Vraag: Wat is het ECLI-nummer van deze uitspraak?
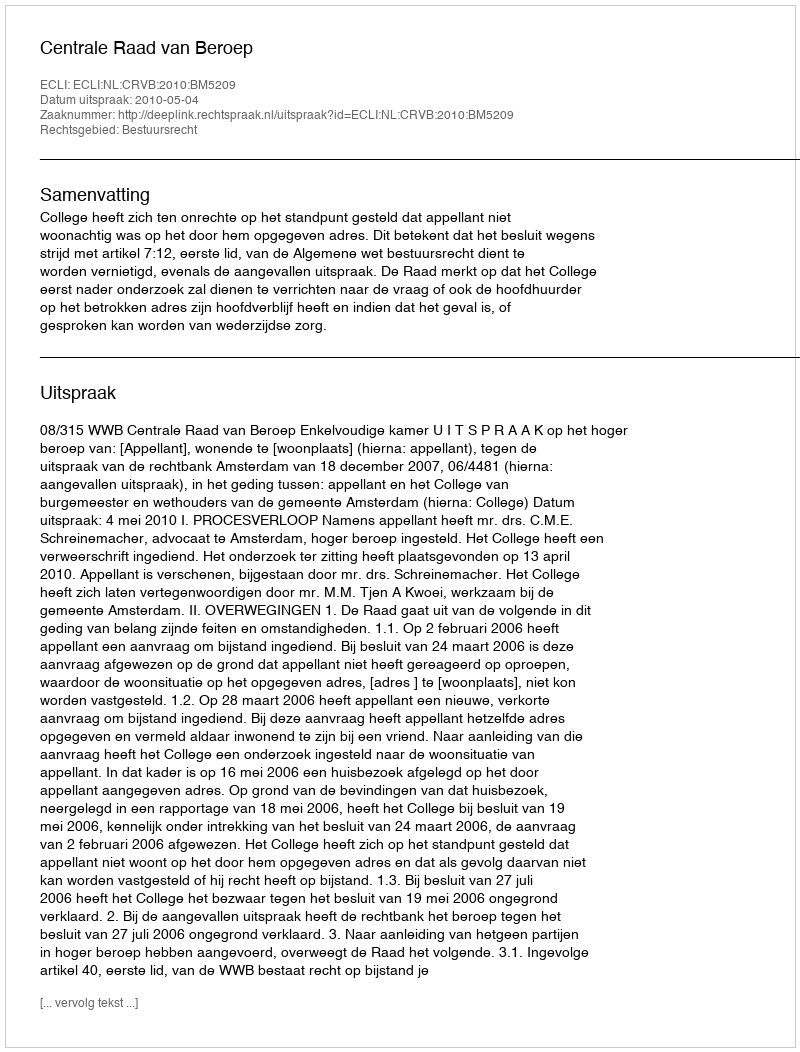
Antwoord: ECLI:NL:CRVB:2010:BM5209